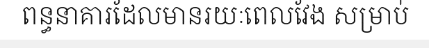
ពន្ធនាគារដែលមានរយៈពេលវែង សម្រាប់